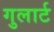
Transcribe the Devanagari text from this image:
गुलार्ट